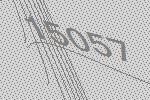
15057